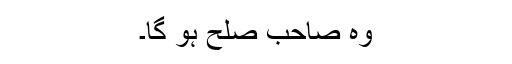
وہ صاحب صُلح ہو گا۔